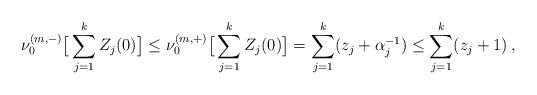
LaTeX: \begin{align*}\nu_0^{(m,-)} \big[ \sum_{j=1}^k Z_j (0) \big] \le\nu_0^{(m,+)} \big[ \sum_{j=1}^k Z_j (0) \big] = \sum_{j=1}^{k} (z_j + \alpha_j^{-1}) \le \sum_{j=1}^{k} (z_j + 1) \,,\end{align*}